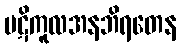
ပဋိကူလအနဘိရတေန